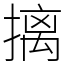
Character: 摛